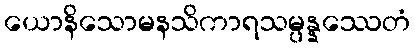
ယောနိသောမနသိကာရသမ္ပန္နဿေတံ